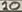
Text: 10